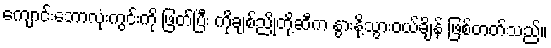
ကျောင်းဘောလုံးကွင်းကို ဖြတ်ပြီး ကိုချစ်ညိုတို့ဆီက နွားနို့သွားဝယ်ချိန် ဖြစ်တတ်သည်။